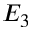
E _ { 3 }